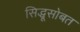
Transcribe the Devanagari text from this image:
सिद्धूसोबत